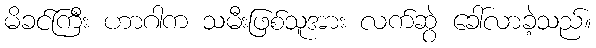
မိခင်ကြီး ဟာဂါက သမီးဖြစ်သူအား လက်ဆွဲ ခေါ်လာခဲ့သည်။